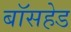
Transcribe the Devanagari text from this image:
बॉसहेड